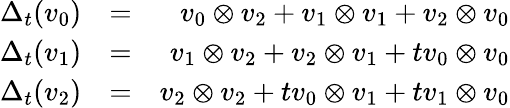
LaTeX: \begin{array}{rlr}{\Delta_{t}(v_{0})}&{=}&{v_{0}\otimes v_{2}+v_{1}\otimes v_{1}+v_{2}\otimes v_{0}}\\ {\Delta_{t}(v_{1})}&{=}&{v_{1}\otimes v_{2}+v_{2}\otimes v_{1}+tv_{0}\otimes v_{0}}\\ {\Delta_{t}(v_{2})}&{=}&{v_{2}\otimes v_{2}+tv_{0}\otimes v_{1}+tv_{1}\otimes v_{0}}\end{array}